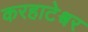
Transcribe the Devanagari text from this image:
करहाटेश्वर